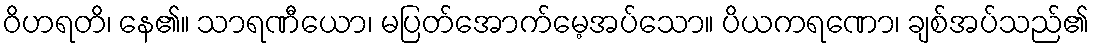
ဝိဟရတိ၊ နေ၏။ သာရဏီယော၊ မပြတ်အောက်မေ့အပ်သော။ ပိယကရဏော၊ ချစ်အပ်သည်၏